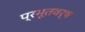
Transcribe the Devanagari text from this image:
प्रभूतवर्ष